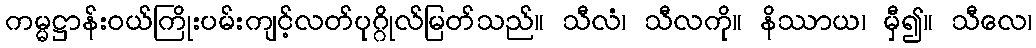
ကမ္မဋ္ဌာန်းဝယ်ကြိုးပမ်းကျင့်လတ်ပုဂ္ဂိုလ်မြတ်သည်။ သီလံ၊ သီလကို။ နိဿာယ၊ မှီ၍။ သီလေ၊